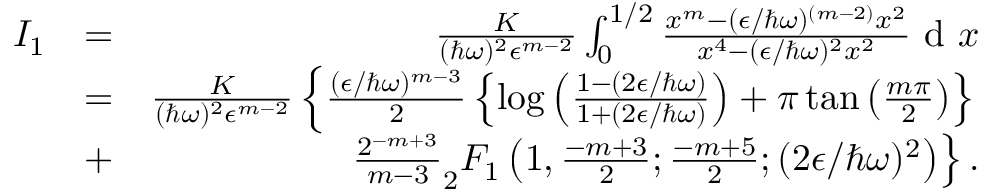
\begin{array} { r l r } { I _ { 1 } } & { = } & { \frac { K } { ( \hbar \omega ) ^ { 2 } \epsilon ^ { m - 2 } } \int _ { 0 } ^ { 1 / 2 } \frac { x ^ { m } - ( \epsilon / \hbar \omega ) ^ { ( m - 2 ) } x ^ { 2 } } { x ^ { 4 } - ( \epsilon / \hbar \omega ) ^ { 2 } x ^ { 2 } } \textrm { d } x } \\ & { = } & { \frac { K } { ( \hbar \omega ) ^ { 2 } \epsilon ^ { m - 2 } } \left\{ \frac { ( \epsilon / \hbar \omega ) ^ { m - 3 } } { 2 } \left\{ \log \left( \frac { 1 - ( 2 \epsilon / \hbar \omega ) } { 1 + ( 2 \epsilon / \hbar \omega ) } \right) + \pi \tan \left( \frac { m \pi } { 2 } \right) \right\} \right. } \\ & { + } & { \left. \frac { 2 ^ { - m + 3 } } { m - 3 } _ { 2 } F _ { 1 } \left( 1 , \frac { - m + 3 } { 2 } ; \frac { - m + 5 } { 2 } ; ( 2 \epsilon / \hbar \omega ) ^ { 2 } \right) \right\} . } \end{array}